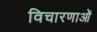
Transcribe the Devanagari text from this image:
विचारणाओं